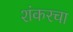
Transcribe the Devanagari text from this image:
शंकरचा